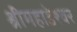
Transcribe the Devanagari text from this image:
श्रीमहाडेश्वर